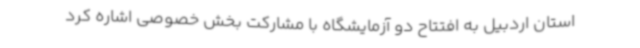
استان اردبیل به افتتاح دو آزمایشگاه با مشارکت بخش خصوصی اشاره کرد